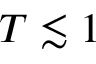
T \lesssim 1